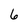
Character: 6